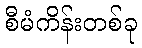
စီမံကိန်းတစ်ခု